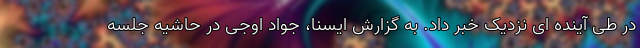
در طی آینده ای نزدیک خبر داد. به گزارش ایسنا، جواد اوجی در حاشیه جلسه